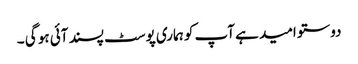
دوستو امید ہے آپ کو ہماری پوسٹ پسند آئی ہو گی ۔